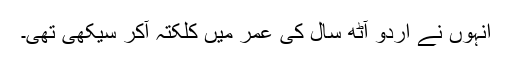
انہوں نے اردو آٹھ سال کی عمر میں کلکتہ آکر سیکھی تھی۔